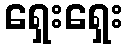
ရှေးရှေး